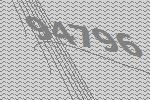
94796